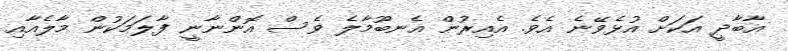
އާބާދީ އަކަށް އުޅެވޭނެ އެވެ. އެއިރުން އެނބޫމާލެ ވެސް އޮންނާނީ ފާލަމަކުން މާލެއާއި